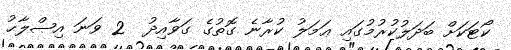
ކޯޓަކަށް ބަދަލުުކުރުމުގައި ޢަމަލު ކުރާނެ ގޮތުގެ ގަވާއިދު  2 ވަނަ އިޞްލާޙު